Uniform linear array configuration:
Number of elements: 4
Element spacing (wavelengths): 1
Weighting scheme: hamming
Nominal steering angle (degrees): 60
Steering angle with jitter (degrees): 61.254
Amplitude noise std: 0.05
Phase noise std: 0.05

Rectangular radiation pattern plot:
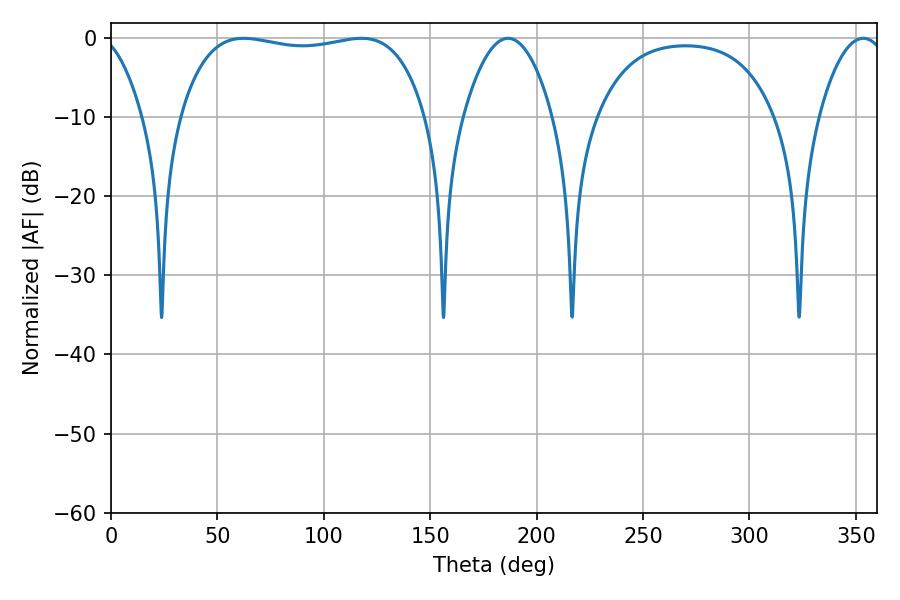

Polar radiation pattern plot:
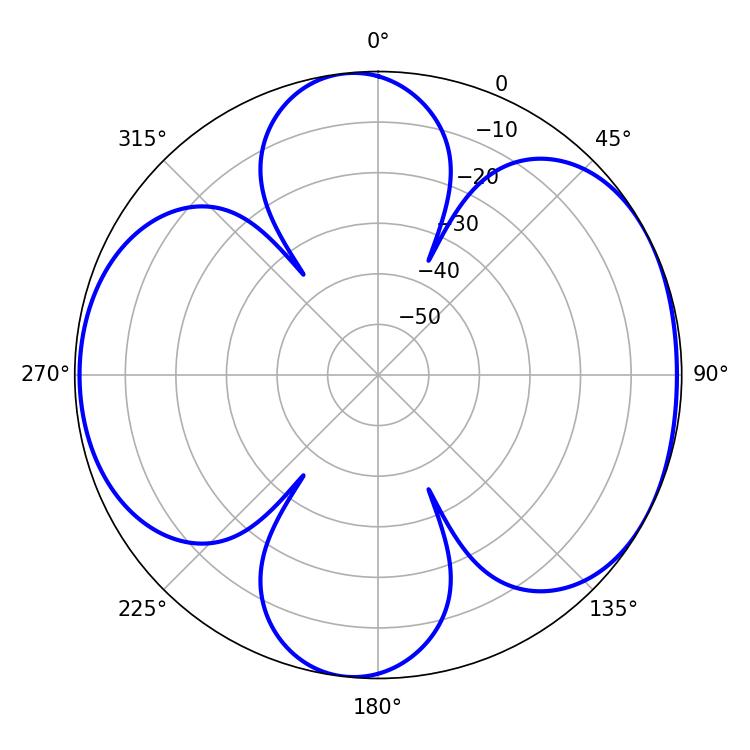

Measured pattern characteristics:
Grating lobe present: TRUE
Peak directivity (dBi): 6.0
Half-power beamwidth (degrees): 92.88
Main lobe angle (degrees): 62.28